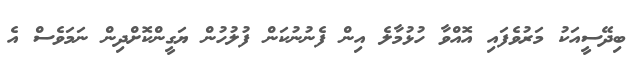
ބިދޭސީއަކު މަރުވެފައި އޮއްވާ ހުޅުމާލެ އިން ފެނުނުކަން ފުލުހުން ޔަގީންކޮށްދިން ނަމަވެސް އެ